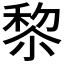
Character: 𥟖